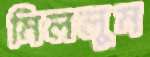
মিললুম